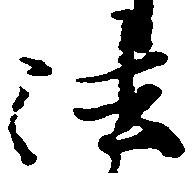
法